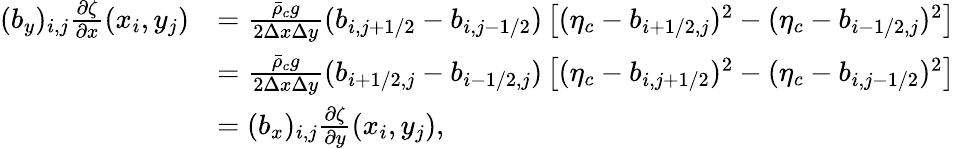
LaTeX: \begin{array}{rl}{(b_{y})_{i,j}\frac{\partial\zeta}{\partial x}(x_{i},y_{j})}&{=\frac{\bar{\rho}_{c}g}{2\Delta x\Delta y}(b_{i,j+1/2}-b_{i,j-1/2})\left[(\eta_{c}-b_{i+1/2,j})^{2}-(\eta_{c}-b_{i-1/2,j})^{2}\right]}\\ &{=\frac{\bar{\rho}_{c}g}{2\Delta x\Delta y}(b_{i+1/2,j}-b_{i-1/2,j})\left[(\eta_{c}-b_{i,j+1/2})^{2}-(\eta_{c}-b_{i,j-1/2})^{2}\right]}\\ &{=(b_{x})_{i,j}\frac{\partial\zeta}{\partial y}(x_{i},y_{j}),}\end{array}